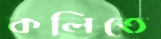
কলিতে